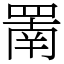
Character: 罱